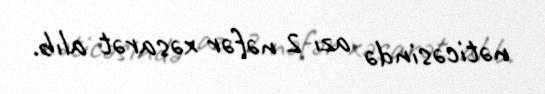
nəticəsində azı 2 nəfər xəsarət alıb.